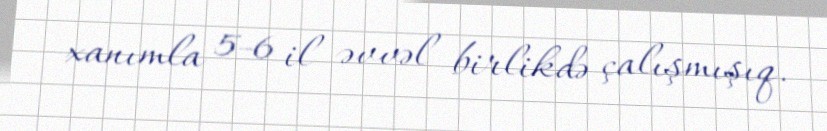
xanımla 5-6 il əvvəl birlikdə çalışmışıq.